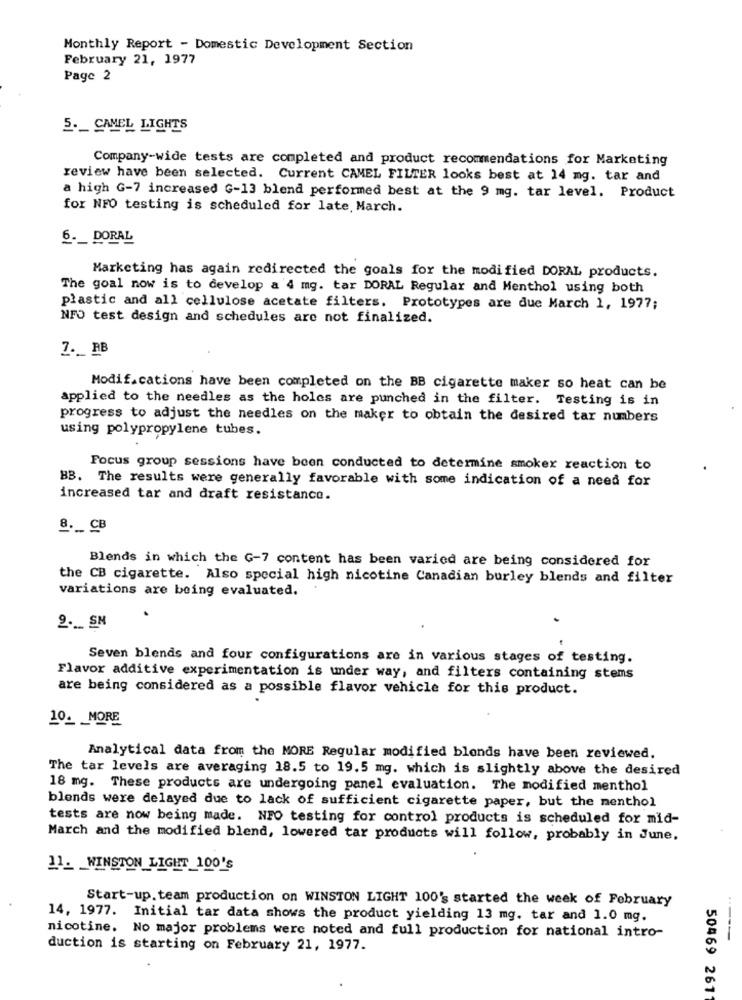
Monthly Report - Domestic Development Section
February 21, 1977
Page 2
5 ._ CAMEL LIGHTS
Company-wide tests are completed and product recommendations for Marketing
review have been selected. Current CAMEL FILTER looks best at 14 mg. tar and
a high G-7 increased G-13 blend performed best at the 9 mg. tar level. Product
for NFO testing is scheduled for late, March.
6. _ DORAL
Marketing has again redirected the goals for the modified DORAL products.
The goal now is to develop a 4 mg. tar DORAL Regular and Menthol using both
plastic and all cellulose acetate filters. Prototypes are due March 1, 1977;
NFO test design and schedules are not finalized.
7. AB
Modifications have been completed on the BB cigarette maker so heat can be
applied to the needles as the holes are punched in the filter. Testing is in
progress to adjust the needles on the maker to obtain the desired tar numbers
using polypropylene tubes.
Focus group sessions have been conducted to determine smoker reaction to
BB. The results were generally favorable with some indication of a need for
increased tar and draft resistance.
8 .__ CB
Blends in which the G-7 content has been varied are being considered for
the CB cigarette. Also special high nicotine Canadian burley blends and filter
variations are being evaluated.
9 .__ SM
Seven blends and four configurations are in various stages of testing.
Flavor additive experimentation is under way, and filters containing stems
are being considered as a possible flavor vehicle for this product.
10. MORE
Analytical data from the MORE Regular modified blonds have been reviewed.
The tar levels are averaging 18.5 to 19.5 mg. which is slightly above the desired
18 mg. These products are undergoing panel evaluation. The modified menthol
blends were delayed due to lack of sufficient cigarette paper, but the menthol
tests are now being made. NFO testing for control products is scheduled for mid-
March and the modified blend, lowered tar products will follow, probably in June.
11. WINSTON LIGHT 100's
Start-up. team production on WINSTON LIGHT 100's started the week of February
14, 1977. Initial tar data shows the product yielding 13 mg. tar and 1.0 mg.
nicotine. No major problems were noted and full production for national intro-
----
duction is starting on February 21, 1977.
50469 261